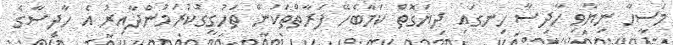
މަސީހާ ނިޔާވި ހާދިސާ ހިނގައި ދިޔަގޮތް ކަމާބެހޭ ފަރާތްތަކުން ތަހުގީގުކުރަމުންދާއިރު އެ ހާދިސާގެ